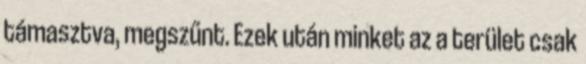
támasztva, megszűnt. Ezek után minket az a terület csak